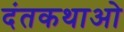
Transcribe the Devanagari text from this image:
दंतकथाओ